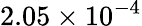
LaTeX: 2.05\times 10^{-4}